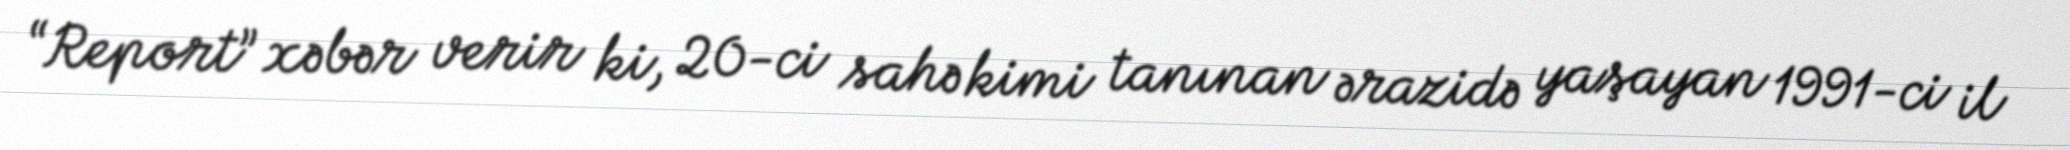
“Report” xəbər verir ki, 20-ci sahə kimi tanınan ərazidə yaşayan 1991-ci il